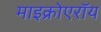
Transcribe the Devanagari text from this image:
माइक्रोएरॉय